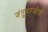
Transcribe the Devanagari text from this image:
जंतुपरजीवी